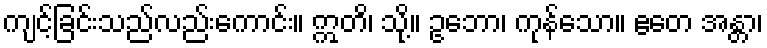
ကျင့်ခြင်းသည်လည်းကောင်း။ ဣတိ၊ သို့။ ဥဘော၊ ကုန်သော။ ဧတေ အန္တာ၊